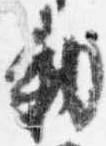
勅